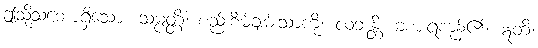
ဤသို့သဘောရှိသော။ သမ္ပတ္တိံ၊ စည်းစိမ်ချမ်းသာကို။ လဘန္တိ၊ ခံစားရကုန်၏။ ဣတိ၊